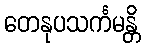
တေနုပသင်္ကမန္တိ